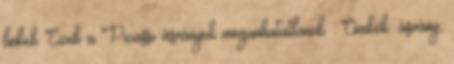
linkek Ezek a Picasso ásványok megunhatatlanok : Címkék: ásvány,